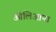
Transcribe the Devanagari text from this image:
ओलिआना